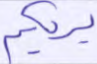
يريكم